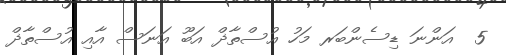
5  އަންނަ ޑިސެންބަރ މަހު އުސްތާޛް އަބޫ އަނަސް އާއި އުސްތާޛް